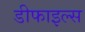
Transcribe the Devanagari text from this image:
डीफाइल्स